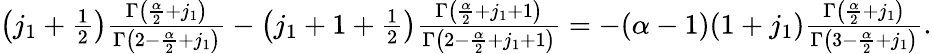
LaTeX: \begin{array}{r}{\left(j_{1}+\frac 12\right)\frac{\Gamma\left(\frac{\alpha}{2}+j_{1}\right)}{\Gamma\left(2-\frac{\alpha}{2}+j_{1}\right)}-\left(j_{1}+1+\frac 12\right)\frac{\Gamma\left(\frac{\alpha}{2}+j_{1}+1\right)}{\Gamma\left(2-\frac{\alpha}{2}+j_{1}+1\right)}=-(\alpha-1)(1+j_{1})\frac{\Gamma\left(\frac{\alpha}{2}+j_{1}\right)}{\Gamma\left(3-\frac{\alpha}{2}+j_{1}\right)}.}\end{array}